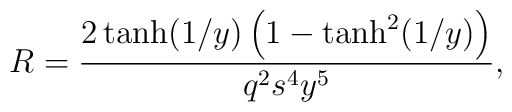
R=\frac{2\tanh (1/y)\left( 1-\tanh ^{2}(1/y)\right) }{q^{2}s^{4}y^{5}},